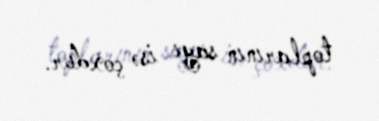
toplarının sayı isə çoxdur.